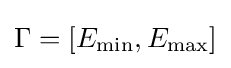
\Gamma =[E_{\min },E_{\max }]